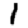
Digit: 1